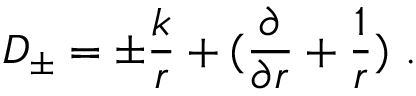
D _ { \pm } = \pm \frac { k } { r } + ( \frac { \partial } { \partial r } + \frac { 1 } { r } ) \ .